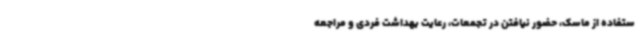
ستفاده از ماسک، حضور نیافتن در تجمعات، رعایت بهداشت فردی و مراجعه